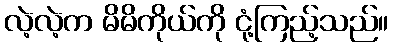
လဲ့လဲ့က မိမိကိုယ်ကို ငုံ့ကြည့်သည်။